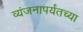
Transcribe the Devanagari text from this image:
व्यंजनापर्यंतच्या